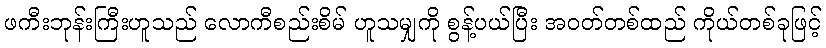
ဖကီးဘုန်းကြီးဟူသည် လောကီစည်းစိမ် ဟူသမျှကို စွန့်ပယ်ပြီး အဝတ်တစ်ထည် ကိုယ်တစ်ခုဖြင့်